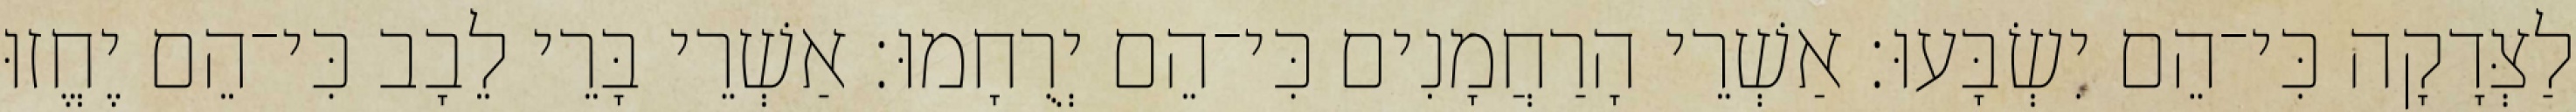
לַצְּדָקָה כִּי־הֵם יִשְׂבָּעוּ׃ אַשְׁרֵי הָרַחֲמָנִים כִּי־הֵם יְרֻחָמוּ׃ אַשְׁרֵי בָּרֵי לֵבָב כִּי־הֵם יֶחֱזוּ